Leaving Certificate, 1898
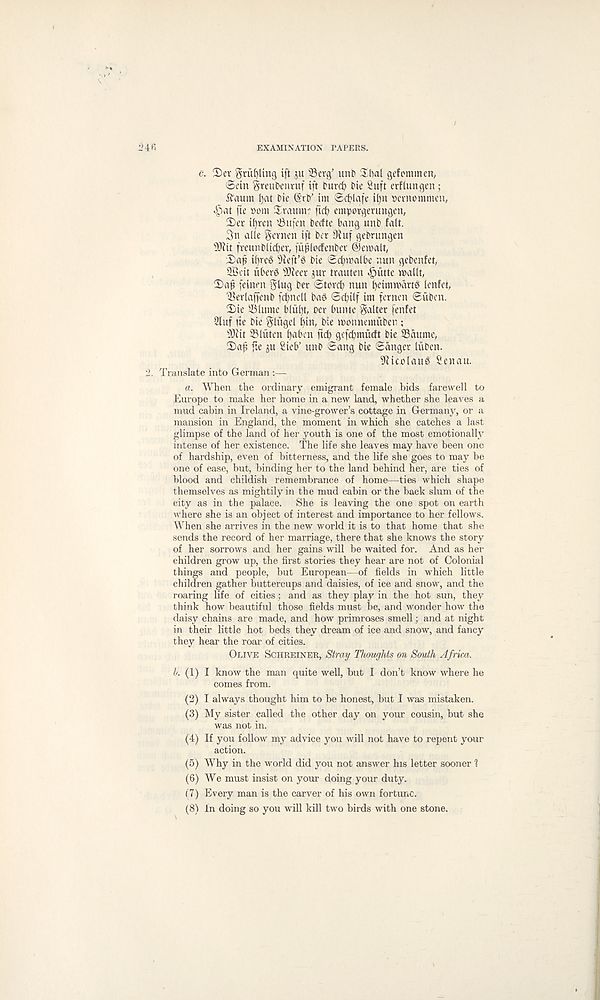
4fi
EXAMINATION PAPERS.
e. 2)er griifylmg ift 311 Sevg’ unb Xhal gefommen,
©ein greubenruf ift burd? Die Suft erfiungen;
ftaum ()at Die (StD' ini ©cfclafe it)n pevnomnien,
^)at fie »om Xvaiiin-.' fid) emporgerungen,
2)er it)ren ' -Bitfen Decfte bang unD fait.
3n alle gcvnen ift Der 9iuf geDrungen
s 3Jfit freunDlicber, fu^locfenDev ©emalt,
Dap ipreS s )feft’g Die ©cfnnalbe nun gebenfet,
SScit uberg ^{eet jur trauten «§utte mailt,
Dap feinen Slug Der Stord) nun ^eimmartg lenfet,
■ BerlaffenD fcpncll ba^ ©cpilf im fernen ©uben.
Die Slume blii^t, Dev bunte Salter fenfet
2luf fie Die Slitgd bin, Die monnemuben;
9Jiit Slutcn pabm fid) gefcpmucft Die Sdume,
Dap f.e ju Sieb’ unD ©ang Die ©anger liiDen.
9iicolaug Sen an.
' 2. Translate into German :—
a. When the ordinary emigrant female bids farewell to
Europe to make her home in a new land, whether she leaves a
mud cabin in Ireland, a vine-grower’s cottage in Germany, or a
mansion in England, the moment in which she catches a last
glimpse of the land of her youth is one of the most emotionally
intense of her existence. The life she leaves may have been one
of hardship, even of bitterness, and the life she goes to may be
one of ease, but, binding her to the land behind her, are ties of
blood and childish remembrance of home—ties which shape
themselves as mightily in the mud cabin or the back slum of the
city as in the palace. She is leaving the one spot on earth
where she is an object of interest and importance to her fellows.
When she arrives in the new world it is to that home that she
sends the record of her marriage, there that she knows the story
of her sorrows and her gains will be waited for. And as her
children grow up, the first stories they hear are not of Colonial
things and people, but European—of fields in which little
children gather buttercups and daisies, of ice and snow, and the
roaring life of cities ; and as they play in the hot sun, they
think how beautiful those fields must be, and wonder how the
daisy chains are made, and how primroses smell; and at night
in their little hot beds they dream of ice and snow, and fancy
they hear the roar of cities.
Olive Schreiner, Stray Thoughts on South Africa.
h. (1) I know the man quite well, but I don’t know where he
comes from.
(2) I always thought him to be honest, but I was mistaken.
(3) My sister called the other day on your cousin, but she
was not in.
(4) If you follow my advice you will not have to repent your
action.
(5) Why in the world did you not answer his letter sooner \
(6) We must insist on your doing your duty.
( 7) Every man is the carver of his own fortune.
(8) in doing so you will kill two birds with one stone.